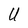
Character: U